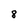
Character: 8